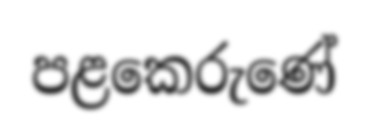
පළකෙරුණේ